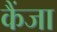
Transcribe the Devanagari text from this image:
कैंजा